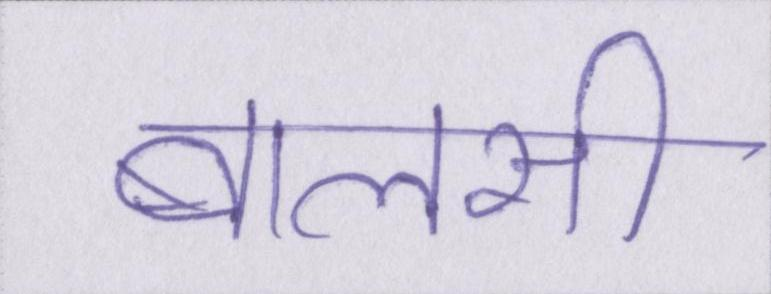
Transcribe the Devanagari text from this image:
बालसी